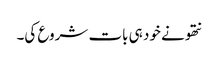
نتھو نے خود ہی بات شروع کی۔